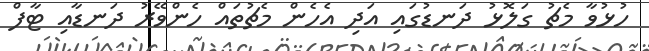
ހުޅުވާ މެޗު ގަލޮޅު ދަނޑުގައި އަދި އެހެން މެޗުތައް ހެންވޭރު ދަނޑާއި ޓާފް